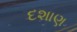
દશાણ